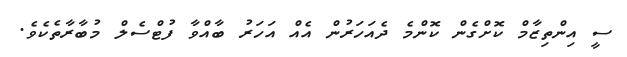
ސީ އިންތިޒާމް ކޮށްގެން ކޮންމެ ދެއަހަރުން އެއް އަހަރު ބާއްވާ ފުޓްސެލް މުބާރާތެކެވެ.